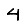
Digit: 4